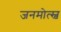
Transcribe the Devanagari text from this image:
जनमोत्स्व